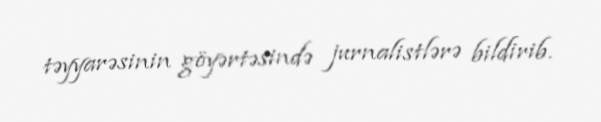
təyyarəsinin göyərtəsində jurnalistlərə bildirib.